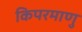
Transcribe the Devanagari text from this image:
किपरमाणु